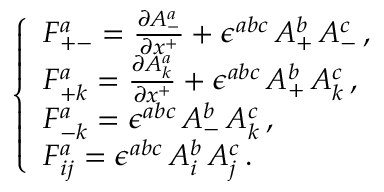
\left\{ \begin{array} { l } { { F _ { + - } ^ { a } = \frac { \partial A _ { - } ^ { a } } { \partial x ^ { + } } + \epsilon ^ { a b c } \, A _ { + } ^ { b } \, A _ { - } ^ { c } \, , } } \\ { { F _ { + k } ^ { a } = \frac { \partial A _ { k } ^ { a } } { \partial x ^ { + } } + \epsilon ^ { a b c } \, A _ { + } ^ { b } \, A _ { k } ^ { c } \, , } } \\ { { F _ { - k } ^ { a } = \epsilon ^ { a b c } \, A _ { - } ^ { b } \, A _ { k } ^ { c } \, , } } \\ { { F _ { i j } ^ { a } = \epsilon ^ { a b c } \, A _ { i } ^ { b } \, A _ { j } ^ { c } \, . } } \end{array} \right.